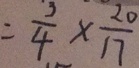
= \frac { 3 } { 4 } \times \frac { 2 0 } { 1 7 }